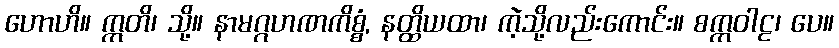
ဟောဟိ။ ဣတိ၊ သို့။ နာမဂ္ဂဟဏကိစ္စံ, နတ္ထိယထာ၊ ကဲ့သို့လည်းကောင်း။ စက္ကဝါဠ၊ ပေ။